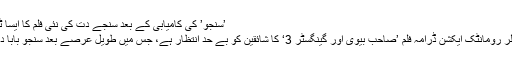
’سنجو’ کی کامیابی کے بعد سنجے دت کی نئی فلم کا ایسا ٹریلر جاری کہ مداح بھی دیکھتے ہی رہ گئے
ممبئی (ویب ڈیسک)بولی وڈ کی آنے والی تھرلر رومانٹک ایکشن ڈرامہ فلم ’صاحب بیوی اور گینگسٹر 3‘ کا شائقین کو بے حد انتظار ہے، جس میں طویل عرصے بعد سنجو بابا دبنگ گینگسٹر کے روپ میں دکھائی دیں گے۔